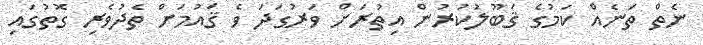
ނެތް ތަނެއް ކަމުގެ ޤަބޫލުކުރުން އިތުރަށް ވަރުގަދަ ވެ ޤައުމަށް ތެދުވެރި ގޮތުގައި